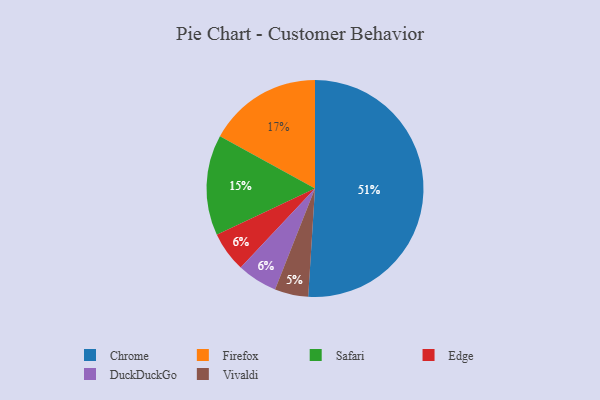
{"axis": {"x": "Category", "y": "Percentage"}, "legend": ["Chrome", "DuckDuckGo", "Edge", "Firefox", "Safari", "Vivaldi"], "data": [{"x": "Firefox", "y": 17, "type": "Firefox"}, {"x": "Chrome", "y": 51, "type": "Chrome"}, {"x": "Safari", "y": 15, "type": "Safari"}, {"x": "Edge", "y": 6, "type": "Edge"}, {"x": "DuckDuckGo", "y": 6, "type": "DuckDuckGo"}, {"x": "Vivaldi", "y": 5, "type": "Vivaldi"}]}